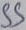
Text: SS